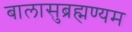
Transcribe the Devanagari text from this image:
बालासुब्रह्मण्यम